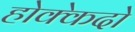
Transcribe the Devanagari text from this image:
होक्केदो